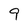
Character: 9